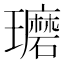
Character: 𰢘